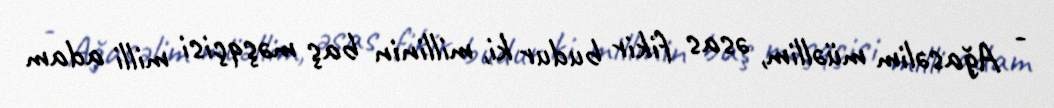
- Ağasəlim müəllim, əsas fikir budur ki, millinin baş məşqçisi milli adam